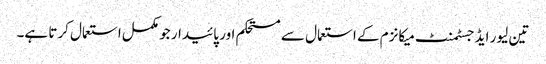
تین لیور ایڈجسٹمنٹ میکانزم کے استعمال سے مستحکم اور پائیدار جو مکمل استعمال کرتا ہے۔